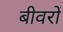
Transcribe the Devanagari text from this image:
बीवरों